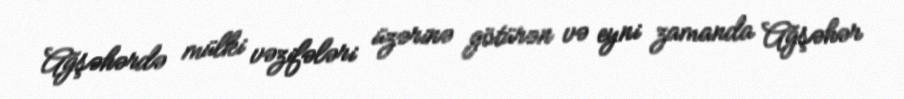
Ağşəhərdə mülki vəzifələri üzərinə götürən və eyni zamanda Ağşəhər